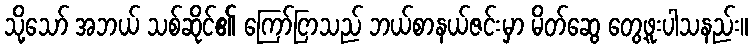
သို့သော် အဘယ် သစ်ဆိုင်၏ ကြော်ငြာသည် ဘယ်စာနယ်ဇင်းမှာ မိတ်ဆွေ တွေ့ဖူးပါသနည်း။